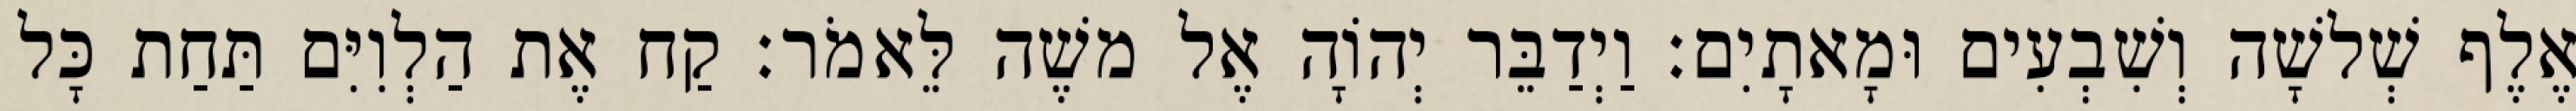
אֶלֶף שְׁלשָׁה וְשִׁבְעִים וּמָאתָיִם׃ וַיְדַבֵּר יְהוָֹה אֶל משֶׁה לֵּאמֹר׃ קַח אֶת הַלְוִיִּם תַּחַת כָּל